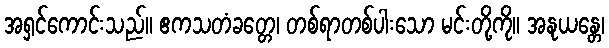
အရှင်ကောင်းသည်။ ဧကသတံခတ္တေ၊ တစ်ရာတစ်ပါးသော မင်းတို့ကို။ အနုယန္တေ၊